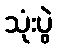
သုံးပွဲ